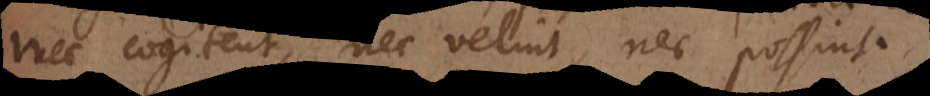
nec cogitent, nec velint, nec possint.